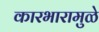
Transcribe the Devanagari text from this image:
कारभारामुळे